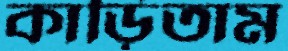
কাড়িতাম